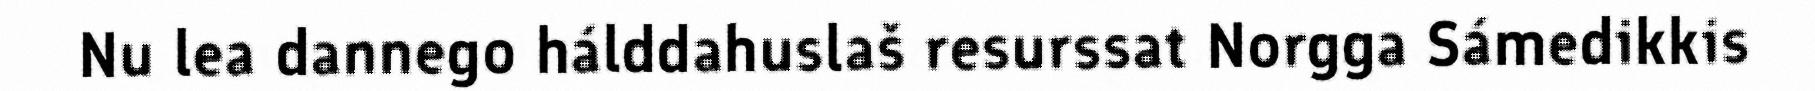
Nu lea dannego hálddahuslaš resurssat Norgga Sámedikkis